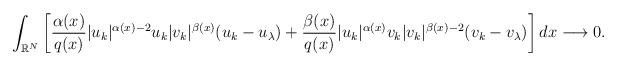
\begin{align*} \int_{\mathbb{R}^{N}}\bigg[\frac{\alpha(x)}{q(x)}|u_k|^{\alpha(x)-2}u_k|v_k|^{\beta(x)}(u_k-u_{\lambda}) +\frac{\beta(x)}{q(x)}|u_k|^{\alpha(x)}v_k|v_k|^{\beta(x)-2}(v_k-v_{\lambda})\bigg]\,dx \longrightarrow 0. \end{align*}